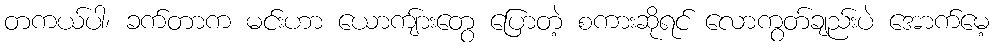
တကယ်ပါ၊ ခက်တာက မင်းဟာ ယောကျ်ားတွေ ပြောတဲ့ စကားဆိုရင် လောကွတ်ချည်းပဲ အောက်မေ့